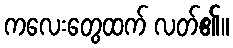
ကလေးတွေထက် လတ်၏။